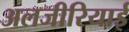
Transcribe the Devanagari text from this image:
अलजीरियाई